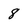
Character: 8